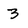
Character: 3